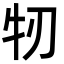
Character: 牣